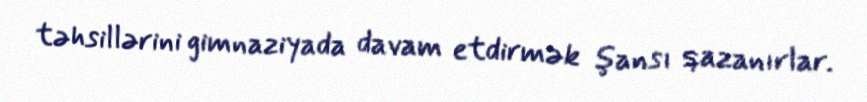
təhsillərini gimnaziyada davam etdirmək şansı qazanırlar.